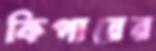
কিপারের